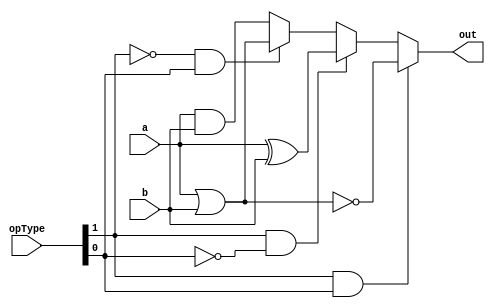
module logicBlock #(parameter N = 16)(
	input [N-1:0] a,b,		// Inputs
	input [1:0] opType,		// Operation Type
	output [N-1:0] out
);

assign out = (opType[1] & opType[0]) ? ~(a | b):
				 (opType[1] & ~opType[0]) ? (a ^ b):
				 (~opType[1] & opType[0]) ? (a | b):
				 (a & b);
				 

endmodule